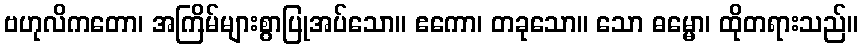
ဗဟုလိကတော၊ အကြိမ်များစွာပြုအပ်သော။ ဧကော၊ တခုသော။ သော ဓမ္မော၊ ထိုတရားသည်။